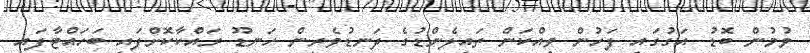
ވުމުން ބޮޑު އަގުގައި ފަހުން ވިއްކަން ތައިލެންޑުގެ ދަނޑުވެރިން ހަނޑޫ ރައްކާކޮށްފައި ބަހައްޓާފައި